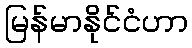
မြန်မာနိုင်ငံဟာ